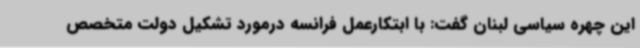
این چهره سیاسی لبنان گفت: با ابتکارعمل فرانسه درمورد تشکیل دولت متخصص